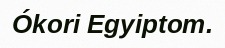
Ókori Egyiptom.